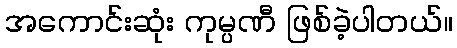
အကောင်းဆုံး ကုမ္ပဏီ ဖြစ်ခဲ့ပါတယ်။